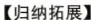
【归纳拓展】